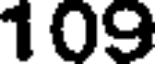
109